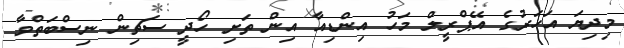
މިދިޔަ އަހަރުގެ އޭޕްރީލް މަހު އިންޑިއާ އިން ތަށި ހޯދީ ސަޗިން ނިސްބަތްވާ